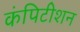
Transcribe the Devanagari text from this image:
कंपिटीशन